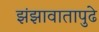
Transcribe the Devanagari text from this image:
झंझावातापुढे